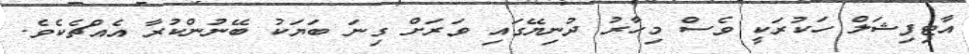
އާޓިފިޝަލް ހަކުރަކީ ވެސް މިހާރު ދުނިޔޭގައި ވަރަށް ގިނަ ބަޔަކު ބޭނުންކުރާ އެއްޗެކެވެ.